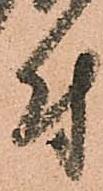
付